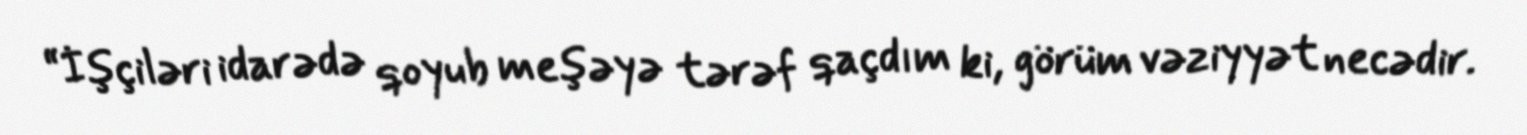
“İşçiləri idarədə qoyub meşəyə tərəf qaçdım ki, görüm vəziyyət necədir.